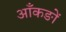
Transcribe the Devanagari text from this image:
आँकङों